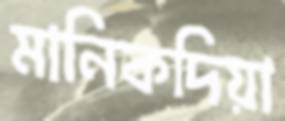
মানিকদিয়া